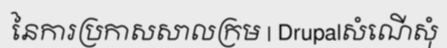
នៃការប្រកាសសាលក្រម | Drupalសំណើសុំ